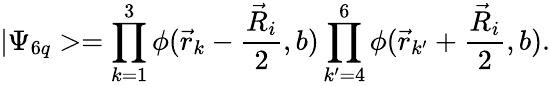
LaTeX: |\Psi_{6q}>=\prod_{k=1}^{3}\phi(\vec{r}_{k}-\frac{\vec{R}_{i}}{2},b)\prod_{k^{\prime}=4}^{6}\phi(\vec{r}_{k^{\prime}}+\frac{\vec{R}_{i}}{2},b).